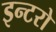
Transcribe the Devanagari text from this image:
इन्टरो